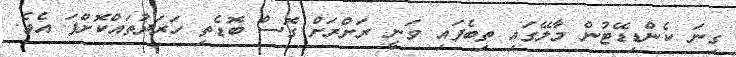
ގިނަ ކެންޑިޑޭޓުން މާލޭގައި ތިބެފައި ވަނީ ރަށްރަށް ގޮސް ބޮޑެތި ހަރަދުތައްކޮށްފަ އެވެ.